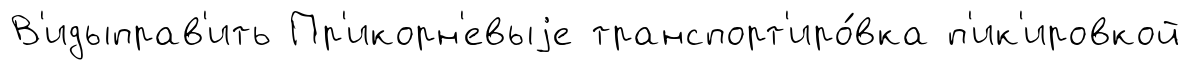
В'идыправ'ить Пр'икорн'евыjе транспорт'иро́вка п'ик'ировкой